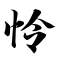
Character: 怜